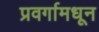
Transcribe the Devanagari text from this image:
प्रवर्गामधून